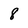
Character: 8